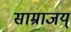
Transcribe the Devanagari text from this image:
साम्राजय्